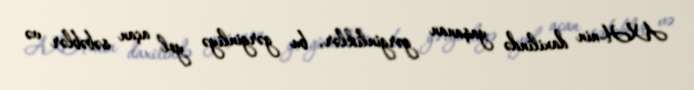
AXH-nin daxilində yaşanan gərginliklər, bu gərginliyə yol açan səbəblər və